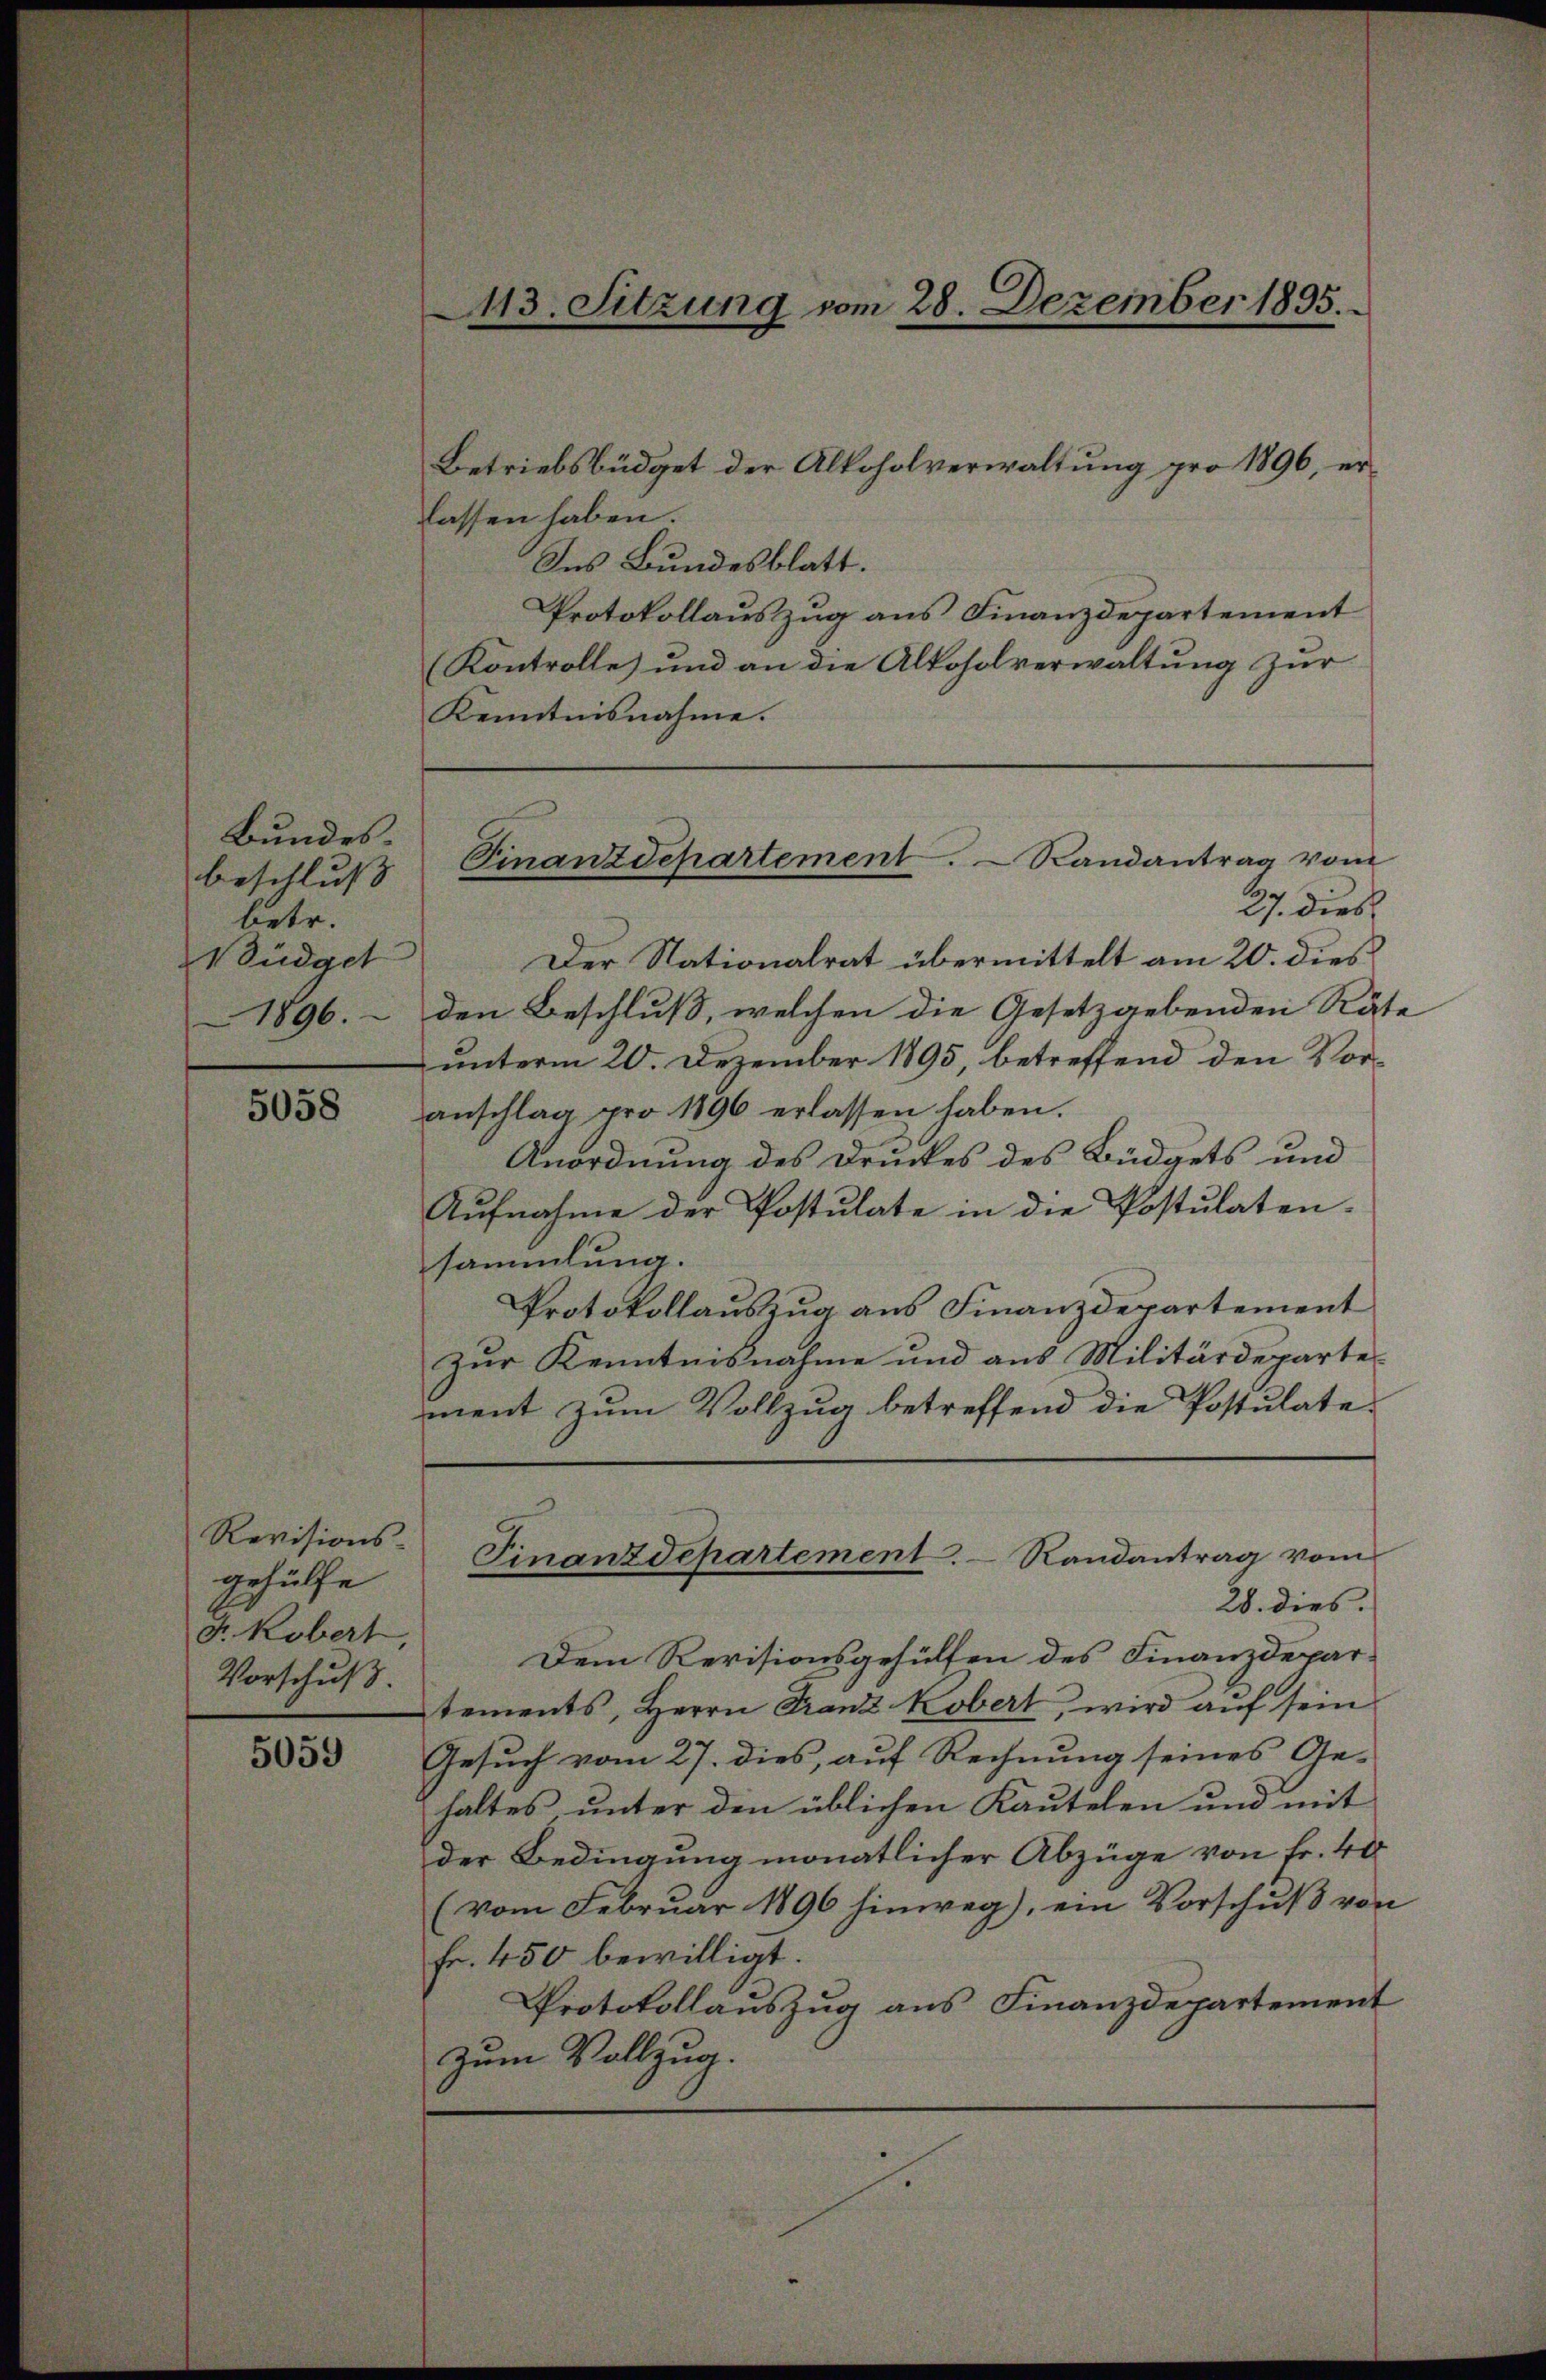
Bundesbeschluss |
betr.
üdget
1896.

5058

Revisions-
gehülfe
Fr. Kobert.
Vorschuß.

5059

113. Sitzung vom 28. Dezember 1895.

Finanz Departement.  Randantrag vom

Betriebsbüdget der Alkoholverwaltung pro 1896, erlassen haben.
Ins Bundesblatt.
Protokollauszug aus Finanzdepartement
(Kontrolle) und an die Alkoholverwaltung zur
Kenntnisnahme.
27. dies
Der Nationalrat übermittelt am 20. dies
den Beschluß, welchen die Gesetzgebenden Räte
unterm 20. Dezember 1895, betreffend den Voranschlag pro 1896 erlassen haben.
Anordnung des Druckes des Büdgets und
Aufnahme der Postulate in die Postulaten.
sammlung.
Protokollauszug aus Finanzdepartement
zur Kenntnisnahme und aus Militärdeparte
ment zum Vollzug betreffend die Postulate
Finanzdepartement. Randantrag vom
28. dies.
Dem Revisionsgehülfen des Finanzdepartements, Herrn Franz Kobert, wird auf sein
Gesuch vom 27. dies, auf Rechnung seines Ge-
haltes unter den üblichen Kautelen und mit
der Bedingung monatlicher Abzüge von Fr. 40
(vom Februar 1896 hinweg), ein Vorschuß von
fr. 450 bewilligt.
Protokollauszug aus Finanzdepartement
zum Vollzug.